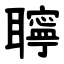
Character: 聹